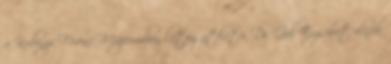
a Kubinyi Ferenc Múzeumban látogatható. Dr. Gál Erzsébet elnök